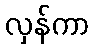
လှန်ကာ